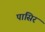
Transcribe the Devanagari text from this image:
पासिर